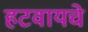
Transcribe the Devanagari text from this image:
हटवायचे